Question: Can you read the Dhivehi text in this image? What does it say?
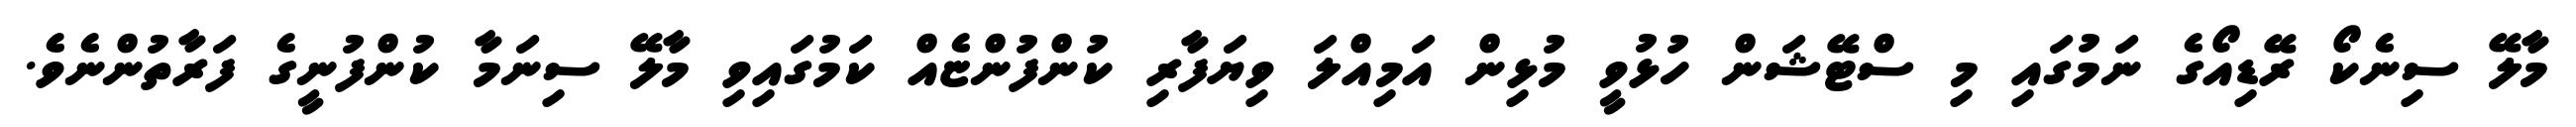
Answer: މާލޭ ސިނެކޯ ރޭޑިއޯގެ ނަމުގައި މި ސްޓޭޝަން ހުޅުވީ މުޅިން އަމިއްލަ ވިޔަފާރި ކުންފުންޏެއް ކަމުގައިވި މާލޭ ސިނަމާ ކުންފުނީގެ ފަރާތުންނެވެ.